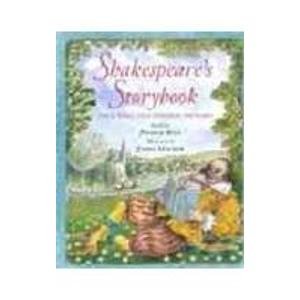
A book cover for Shakespeare's Storybook: Folktales That Inspired the Bard (Tell Me a Story); Patrick Ryan; Teen & Young Adult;